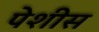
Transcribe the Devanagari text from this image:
पेशीस